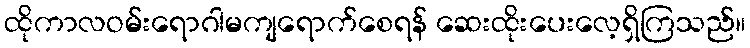
ထိုကာလဝမ်းရောဂါမကျရောက်စေရန် ဆေးထိုးပေးလေ့ရှိကြသည်။